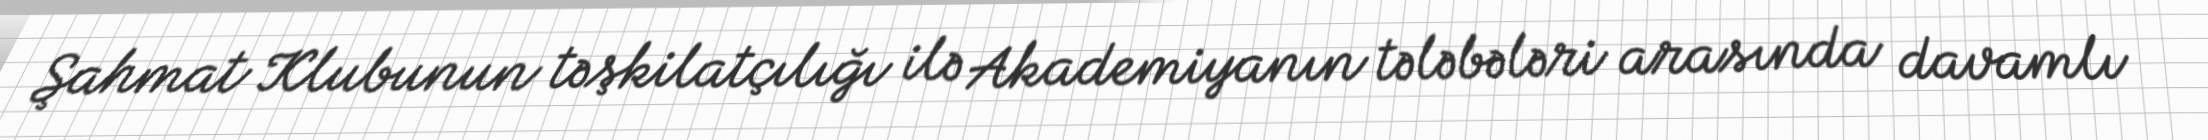
Şahmat Klubunun təşkilatçılığı ilə Akademiyanın tələbələri arasında davamlı